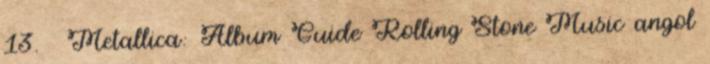
13. ↑ Metallica: Album Guide Rolling Stone Music angol